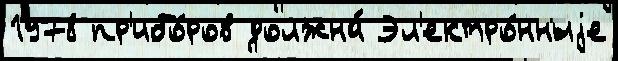
1978 пр'ибо́ров должна́ Эл'ектро́нныjе